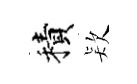
積𣣇